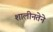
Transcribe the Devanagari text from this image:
शालीनतेने